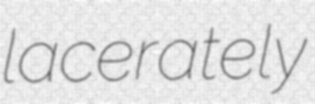
lacerately